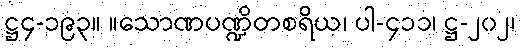
ဋ္ဌ၄-၁၉၃။ ။သောဏပဏ္ဍိတစရိယ၊ ပါ-၄၁၁၊ ဋ္ဌ-၂၀၂၊